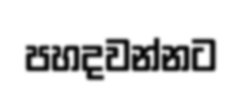
පහදවන්නට